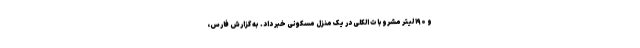
و ۱۹۰ لیتر مشروبات الکلی در یک منزل مسکونی خبر داد. به گزارش فارس،